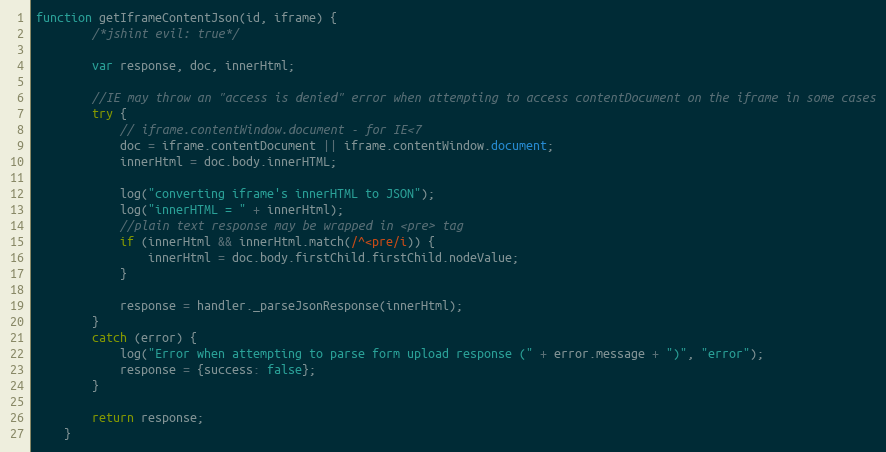
Language: JavaScript
function getIframeContentJson(id, iframe) {
        /*jshint evil: true*/

        var response, doc, innerHtml;

        //IE may throw an "access is denied" error when attempting to access contentDocument on the iframe in some cases
        try {
            // iframe.contentWindow.document - for IE<7
            doc = iframe.contentDocument || iframe.contentWindow.document;
            innerHtml = doc.body.innerHTML;

            log("converting iframe's innerHTML to JSON");
            log("innerHTML = " + innerHtml);
            //plain text response may be wrapped in <pre> tag
            if (innerHtml && innerHtml.match(/^<pre/i)) {
                innerHtml = doc.body.firstChild.firstChild.nodeValue;
            }

            response = handler._parseJsonResponse(innerHtml);
        }
        catch (error) {
            log("Error when attempting to parse form upload response (" + error.message + ")", "error");
            response = {success: false};
        }

        return response;
    }